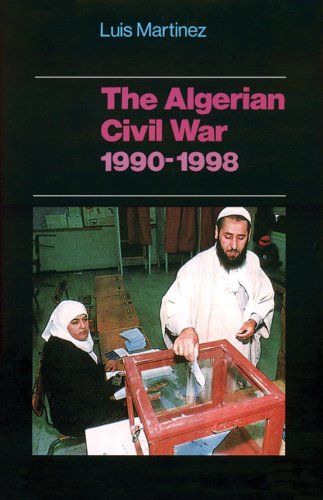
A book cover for The Algerian Civil War; Luis Martinez; History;